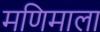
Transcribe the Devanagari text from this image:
मणिमाला